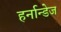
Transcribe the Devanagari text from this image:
हर्नान्डेज